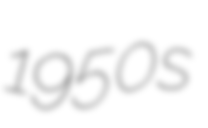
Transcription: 1950s